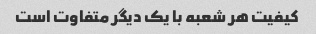
کیفیت هر شعبه با یک دیگر متفاوت است